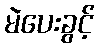
မဲပေးခွင့်